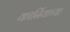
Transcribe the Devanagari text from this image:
कार्नियाच्या